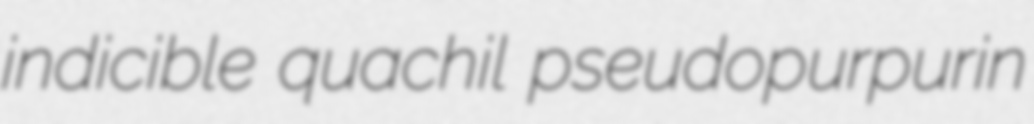
indicible quachil pseudopurpurin